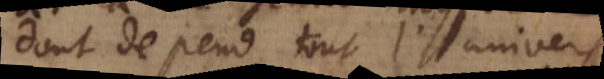
dont depend tout l’univers.